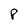
Character: P